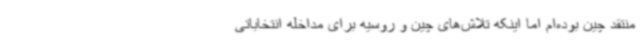
منتقد چین بوده‌ام اما اینکه تلاش‌های چین و روسیه برای مداخله انتخاباتی